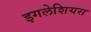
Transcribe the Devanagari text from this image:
इगलेशियस